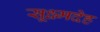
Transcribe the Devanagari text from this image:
सूक्ष्मदेह